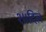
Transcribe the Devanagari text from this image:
२॥दिल